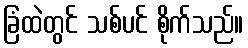
ခြံထဲတွင် သစ်ပင် စိုက်သည်။